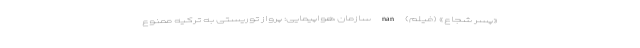
«پسر شجاع» (فیلم) nan سازمان هواپیمایی: پرواز توریستی به ترکیه ممنوع